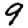
Digit: 9